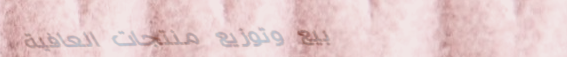
بيع وتوزيع منتجات العافية